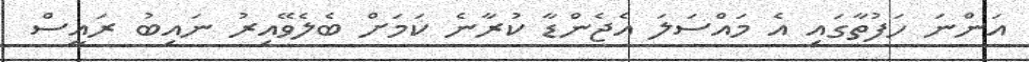
އަންނަ ހަފުތާގައި އެ މައްސަލަ އެޖެންޑާ ކުރާނެ ކަމަށް ބެލެވޭއިރު ނައިބު ރައީސް